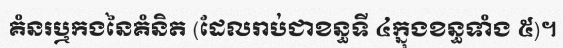
គំនរឬកងនៃគំនិត (ដែលរាប់ជាខន្ធទី ៤ក្នុងខន្ធទាំង ៥)។